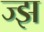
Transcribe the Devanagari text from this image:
ज्झ